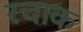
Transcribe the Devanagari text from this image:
रचाक